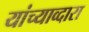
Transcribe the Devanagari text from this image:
यांच्याव्दारा